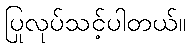
ပြုလုပ်သင့်ပါတယ်။